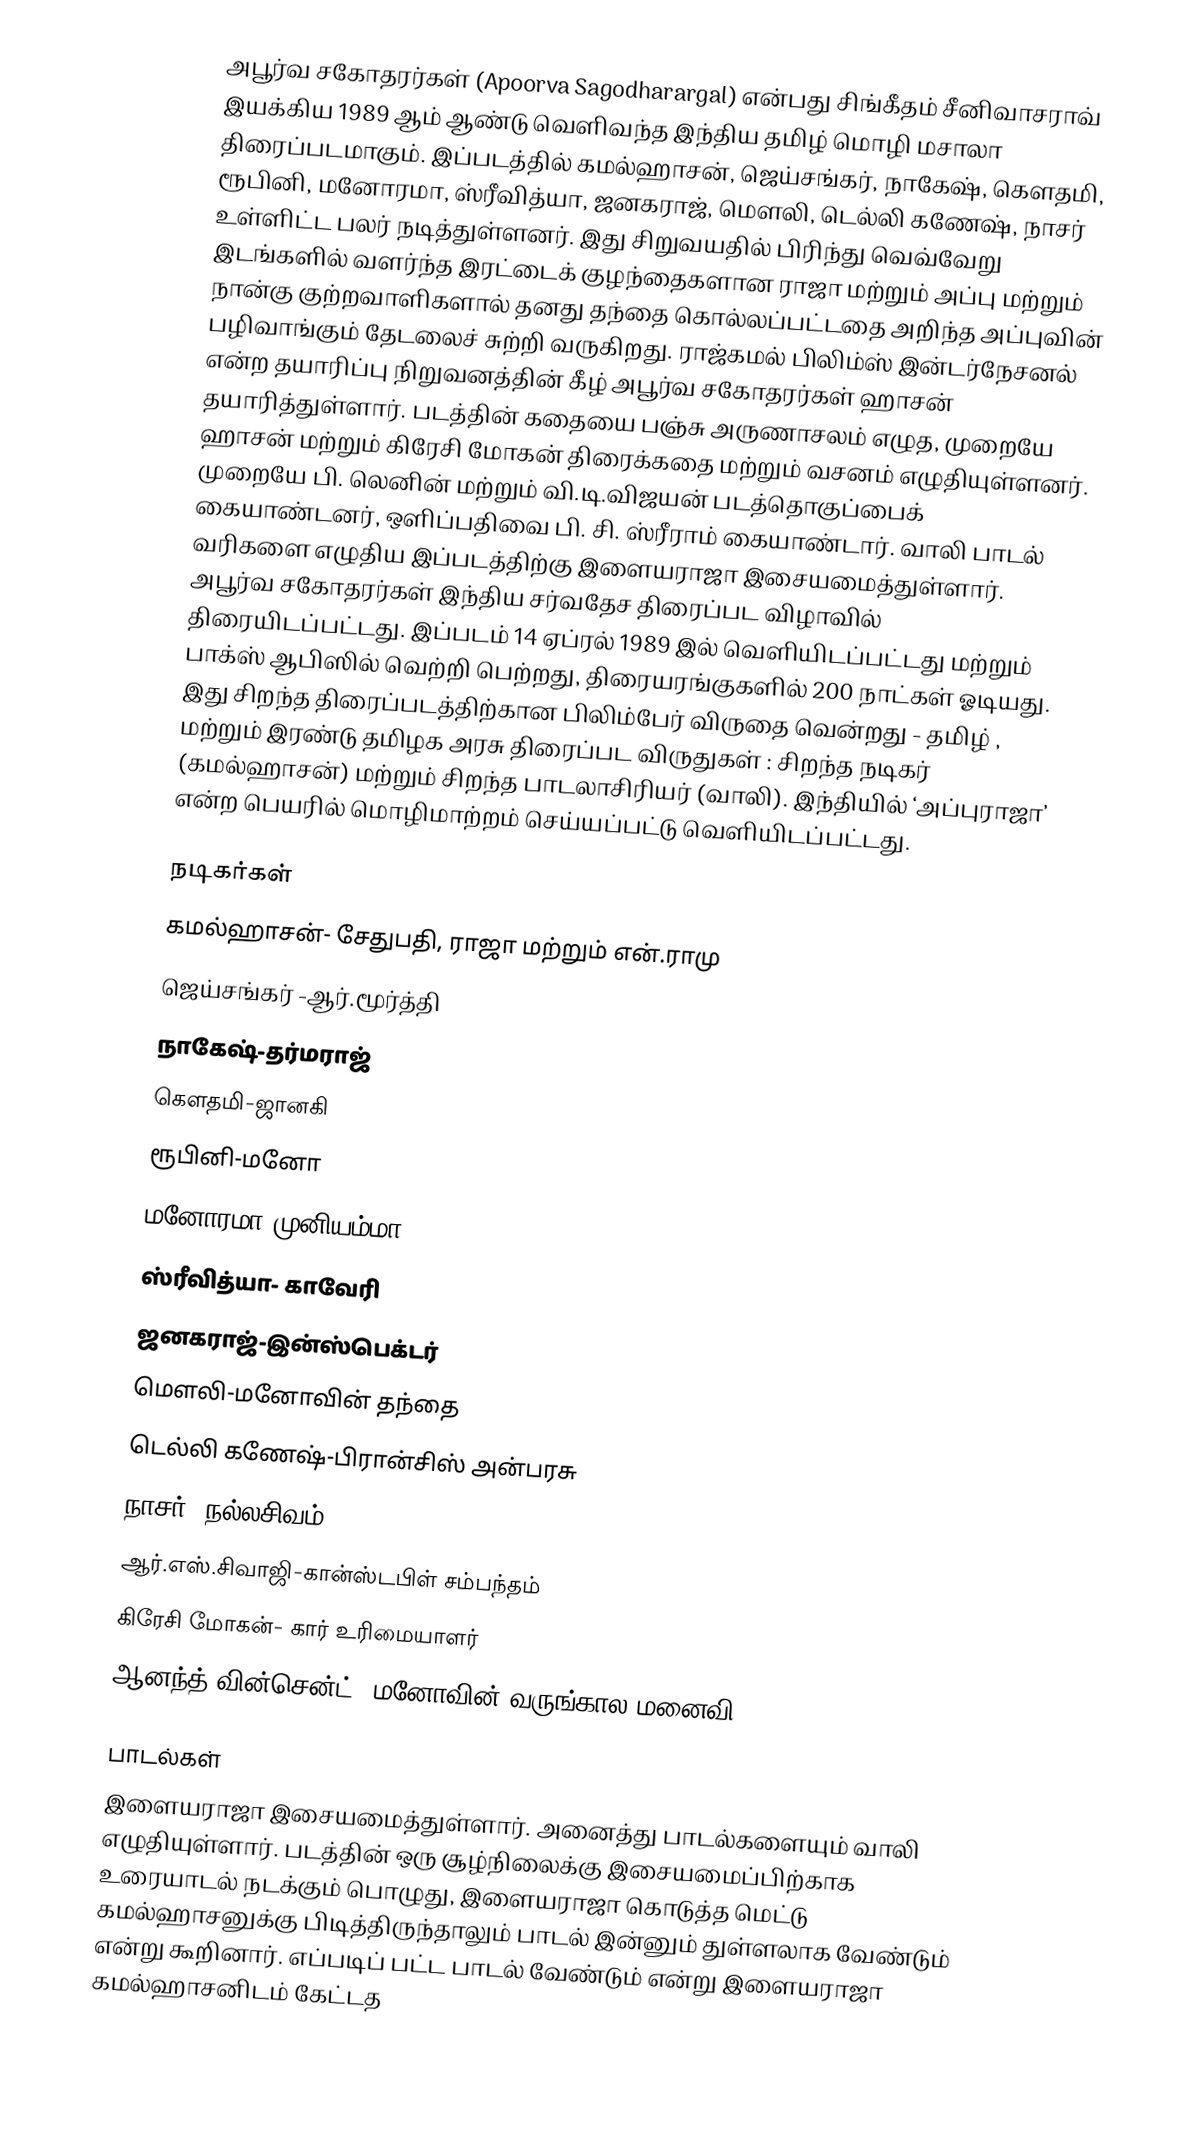
அபூர்வ சகோதரர்கள் (Apoorva Sagodharargal) என்பது சிங்கீதம் சீனிவாசராவ் இயக்கிய 1989 ஆம் ஆண்டு வெளிவந்த இந்திய தமிழ் மொழி மசாலா திரைப்படமாகும்.  இப்படத்தில் கமல்ஹாசன், ஜெய்சங்கர், நாகேஷ், கௌதமி, ரூபினி, மனோரமா, ஸ்ரீவித்யா, ஜனகராஜ், மௌலி, டெல்லி கணேஷ், நாசர் உள்ளிட்ட பலர் நடித்துள்ளனர்.  இது சிறுவயதில் பிரிந்து வெவ்வேறு இடங்களில் வளர்ந்த இரட்டைக் குழந்தைகளான ராஜா மற்றும் அப்பு மற்றும் நான்கு குற்றவாளிகளால் தனது தந்தை கொல்லப்பட்டதை அறிந்த அப்புவின் பழிவாங்கும் தேடலைச் சுற்றி வருகிறது. ராஜ்கமல் பிலிம்ஸ் இன்டர்நேசனல் என்ற தயாரிப்பு நிறுவனத்தின் கீழ் அபூர்வ சகோதரர்கள் ஹாசன் தயாரித்துள்ளார்.  படத்தின் கதையை பஞ்சு அருணாசலம் எழுத, முறையே ஹாசன் மற்றும் கிரேசி மோகன் திரைக்கதை மற்றும் வசனம் எழுதியுள்ளனர்.  முறையே பி. லெனின் மற்றும் வி.டி.விஜயன் படத்தொகுப்பைக் கையாண்டனர், ஒளிப்பதிவை பி. சி. ஸ்ரீராம் கையாண்டார். வாலி பாடல் வரிகளை எழுதிய இப்படத்திற்கு இளையராஜா இசையமைத்துள்ளார். அபூர்வ சகோதரர்கள் இந்திய சர்வதேச திரைப்பட விழாவில் திரையிடப்பட்டது.  இப்படம் 14 ஏப்ரல் 1989 இல் வெளியிடப்பட்டது மற்றும் பாக்ஸ் ஆபிஸில் வெற்றி பெற்றது, திரையரங்குகளில் 200 நாட்கள் ஓடியது.  இது சிறந்த திரைப்படத்திற்கான பிலிம்பேர் விருதை வென்றது -  தமிழ் , மற்றும் இரண்டு  தமிழக அரசு திரைப்பட விருதுகள் : சிறந்த நடிகர் (கமல்ஹாசன்) மற்றும் சிறந்த பாடலாசிரியர் (வாலி).  இந்தியில் ‘அப்புராஜா’  என்ற பெயரில் மொழிமாற்றம் செய்யப்பட்டு வெளியிடப்பட்டது.

நடிகர்கள்
 கமல்ஹாசன்- சேதுபதி, ராஜா மற்றும் என்.ராமு
 ஜெய்சங்கர் -ஆர்.மூர்த்தி
 நாகேஷ்-தர்மராஜ்
 கௌதமி-ஜானகி
 ரூபினி-மனோ
 மனோரமா-முனியம்மா
 ஸ்ரீவித்யா- காவேரி
 ஜனகராஜ்-இன்ஸ்பெக்டர்
 மௌலி-மனோவின் தந்தை
 டெல்லி கணேஷ்-பிரான்சிஸ் அன்பரசு
 நாசர் -நல்லசிவம்
 ஆர்.எஸ்.சிவாஜி-கான்ஸ்டபிள் சம்பந்தம்
 கிரேசி மோகன்- கார் உரிமையாளர்
 ஆனந்த்-வின்சென்ட், மனோவின் வருங்கால மனைவி

பாடல்கள்
இளையராஜா இசையமைத்துள்ளார். அனைத்து பாடல்களையும் வாலி எழுதியுள்ளார். படத்தின் ஒரு சூழ்நிலைக்கு இசையமைப்பிற்காக உரையாடல் நடக்கும் பொழுது, இளையராஜா கொடுத்த மெட்டு கமல்ஹாசனுக்கு பிடித்திருந்தாலும் பாடல் இன்னும் துள்ளலாக வேண்டும் என்று கூறினார். எப்படிப் பட்ட பாடல் வேண்டும் என்று இளையராஜா கமல்ஹாசனிடம் கேட்டத